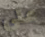
على